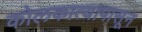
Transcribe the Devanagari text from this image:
कोलकात्यापासून